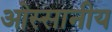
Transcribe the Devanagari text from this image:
ओस्सानीय